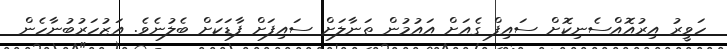
ހަވީރު އިރުއޮއްސެނިކޮށް ސައިފް ގެއަށް އައުމުން ތަނާލަށް ސައިފަށް ފާޑަކަށް ބެލުނެވެ. އަޒުހަރުބުނާހެން